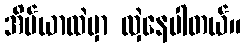
အိပ်ယာထဲမှာ လှဲနေပါတယ်။